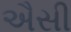
ઐસી